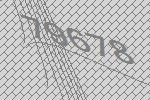
79678